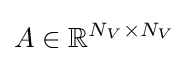
A\in \mathbb {R} ^{N_{V}\times N_{V}}